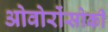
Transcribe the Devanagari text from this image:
ओवोरोंसोकी